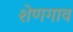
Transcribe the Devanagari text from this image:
शेणगाव